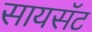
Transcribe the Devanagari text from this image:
सायसॅट